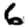
Digit: 6